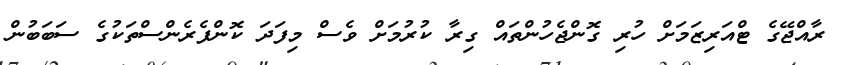
ރާއްޖޭގެ ޓްއަރިޒަމަށް ހުރި ގޮންޖެހުންތައް ގިރާ ކުރުމަށް ވެސް މިފަދަ ކޮންފެރެންސްތަކުގެ ސަބަބުން